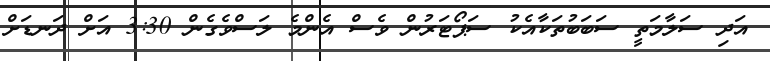
އަދި ސަލާމަތީ ސަބަބުތަކާއެކު ސަޕޯޓަރުން ވެސް އެންމެ ލަސްވެގެން 3:30 އަށް ދަނޑަށް